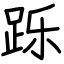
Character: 跞